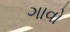
ગાવો